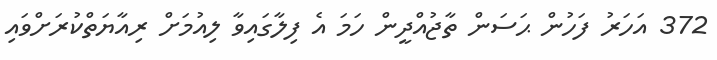
372 އަހަރު ފަހުން ޙަސަން ތާޖުއްދީން ހަމަ އެ ފިލާގައިވާ ލިއުމަށް ރިއާޔަތްކުރަށްވައި